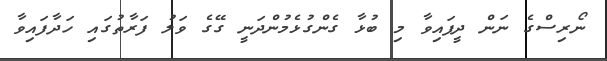
ނޯރިސްގެ ނަން ދީފައިވާ މި ބުޅާ ގެންގުޅެމުންދަނީ ގޭގެ ވަލު ފަރާތުގައި ހަދާފައިވާ